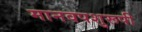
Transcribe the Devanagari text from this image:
मानवपशुरूपी